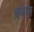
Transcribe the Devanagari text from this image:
बबेल